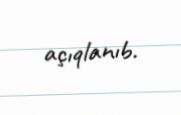
açıqlanıb.